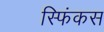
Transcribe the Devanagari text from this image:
स्फिंकस